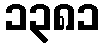
၁၃၈၁